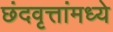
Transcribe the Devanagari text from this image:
छंदवृत्तांमध्ये